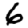
Digit: 6